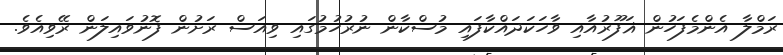
ރަމްލާ އެންމެފަހުން ޣަފޫރުއާއި ވާހަކަދައްކާފައި މުސްކާން ނުރުހުމުގައި ވިއަސް ރަށުން ފޮނުވައިލަން ރޭވިއެވެ.